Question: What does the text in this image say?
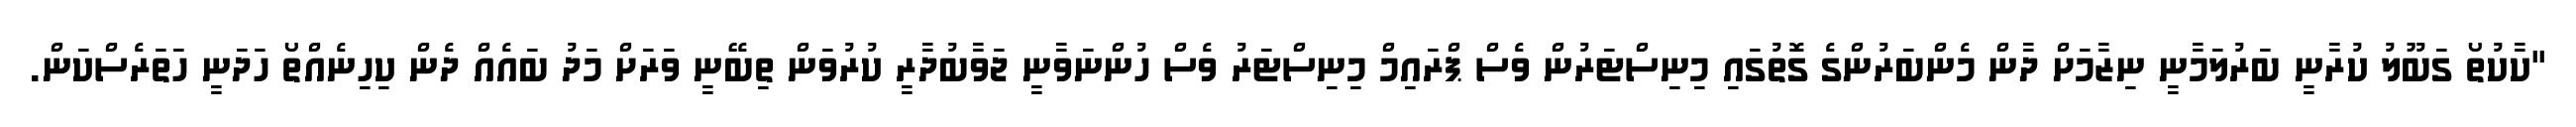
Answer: "ކާކުތޯ ގަބޫލު ކުރާނީ ބަރުލަމާނީ ނިޒާމަށް ދާން މެންބަރުންގެ ގޮތުގައި މިނިސްޓަރުން ވެސް ޕްރައިމް މިނިސްޓަރު ވެސް ހުންނަވާނީ ޖަވާބުދާރީ ކުރުވަން ތިބޭނީ ވަރަށް މަދު ބައެއް ދެން ކިހިނެއްތޯ ހަދަނީ ހަތަރެސްކަން.